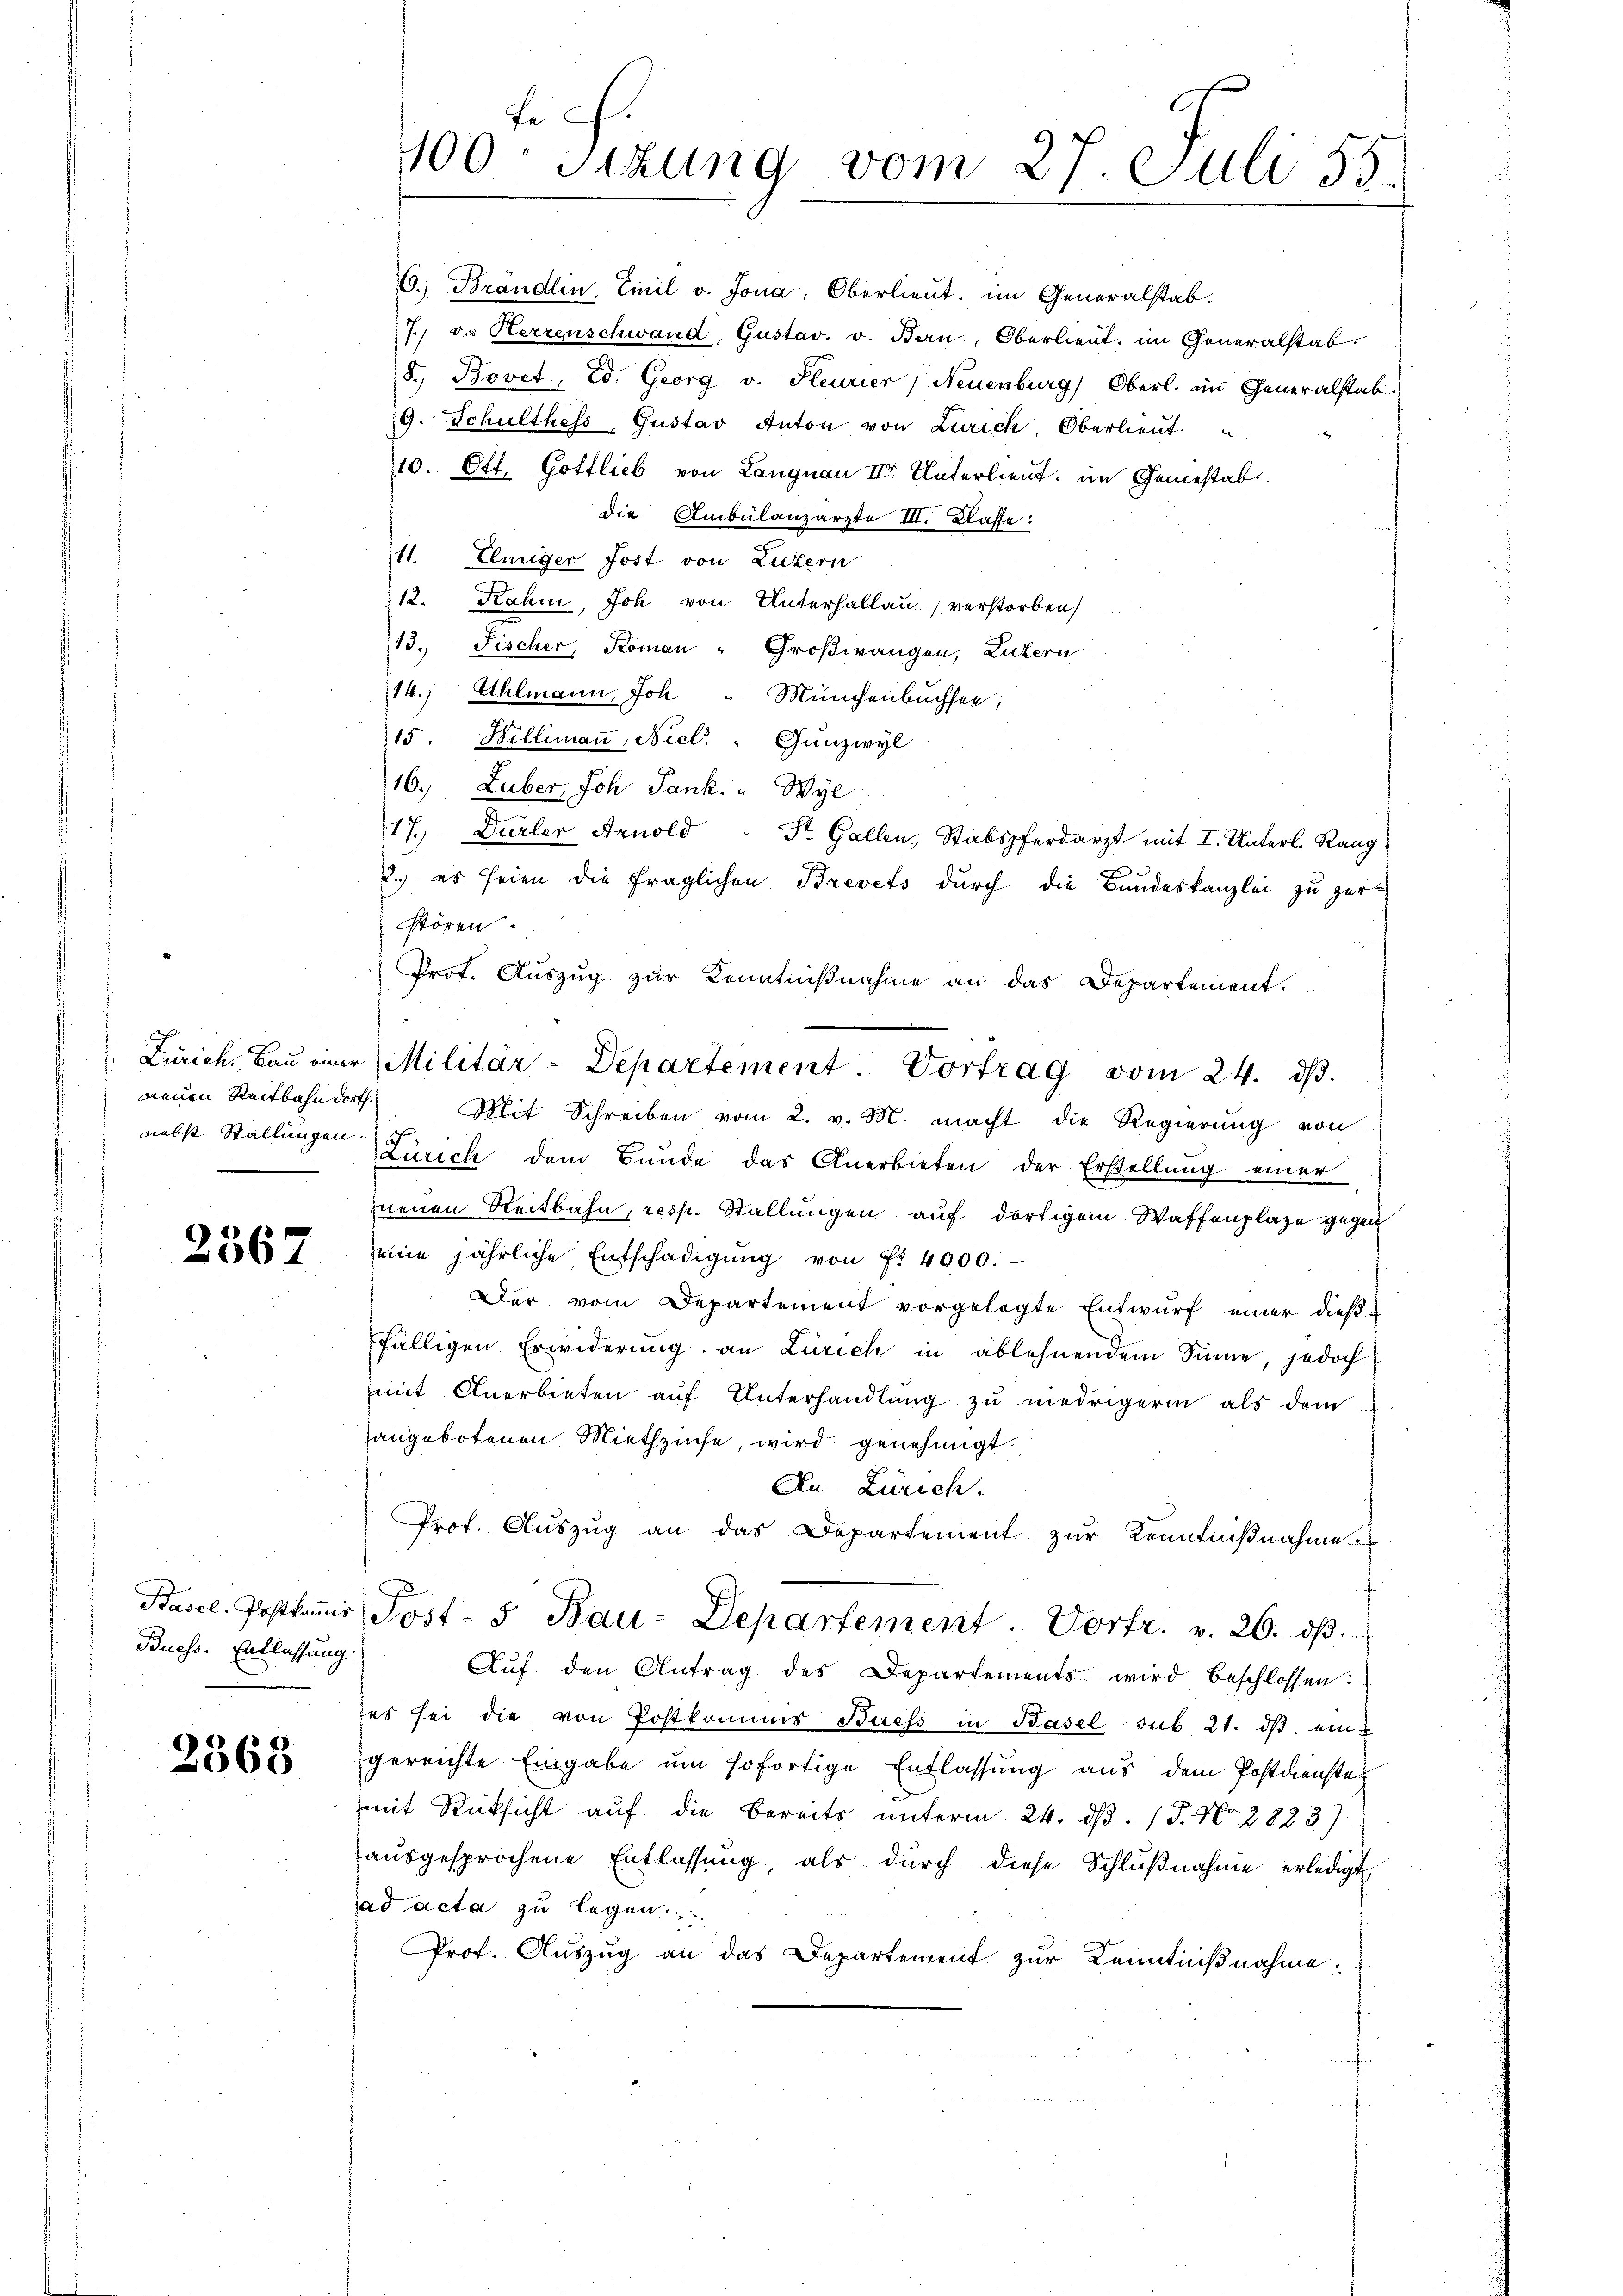
neuen Reitbahn dort
nebst Stallungen

2567

Buess. Entlassung.

2368

6. Brändlin, Emil v. Jona, Oberlieut. im Generalstab.
7. v. Herrenschwand Gustav. v. Ban, Oberlieut. im Generalstab.
8. Bovet, Ed. Georg v. Heurier, Neuenburg, Oberl. im Generalstab
9. Schulthess, Gustav Anton von Zürich, Oberlieŭt.
10. Ott. Gottlieb von Langnau II. Unterlieut. im Gemestabdie Ambulanzarzte III. Klasse:
11. Einiger Jost von Luzern
12. Rahm, Joh von Unterhallau verstorben
13. Fischer, Koman - Großwangen, Luzern
14.) Uhlmann, Joh " Münchenbuchsen;
15. Billimaṅ, Nicl.: Gunzwyl
16. Luber, Joh Pank. " Wyl
17. Dürler Arnold - Dr. Gallen, Stabspferdarzt mit I. Unterl. Rang
2.) es seien die fraglichen Brevets durch die Bundeskanzlei zu zer-
stören.
Prot. Auszug zur Kenntnißnahme an das Departement.
Mit Schreiben vom 2. v. M. macht die Regierung von
Zürich dem Bunde das Anerbieten der Erstellŭng einer
neuen Reitbahn, resp. Stallungen auf dortigem Waffenplaze gegen
eine jährliche Entschädigŭng von Fr. 4000.
Der vom Departement vorgelegte Entwurf einer dießfälligen Erwiderung an Zürich in ablehnendem Sinne, jedoch
mit Anerbieten auf Unterhandlung zu niedrigerin als dem
angebotenen Miethzinse, wird genehmigt.
An Zürich.
Prof. Auszug an das Departement zur Kenntnißnahme
Basel. Postkaṁis Post- u Bau-Departement. Vortr. v. 26. dβ.
Aŭf den Antrag des Departements wird beschlossen:
zes sei die von Postkommis Buess in Basel sub 21. ds. eingereichte Eingabe um sofortige Entlassung aus dem Postdienste
mit Rücksicht auf die Bereits unterm 24. d. J. No 2883)
aŭsgesprochene Entlassŭng, als dŭrch diese Schlŭβnahme erledigt,
ad acta zu legen.
Prof. Auszug an das Departement zur Kenntnißnahme:

Pe
1100 sizung vom 27. Juli 55.

Zürich, Bau einer Militär-Departement. Vortrag vom 24. dβ.